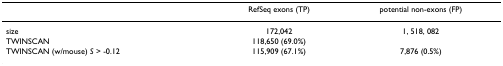
<table><thead><tr><td>[EMPTY_CELL]</td><td><b>RefSeq exons (TP)</b></td><td><b>potential non-exons (FP)</b></td></tr></thead><tbody><tr><td>size</td><td>172,042</td><td>1, 518, 082</td></tr><tr><td>TWINSCAN</td><td>118,650 (69.0%)</td><td>[EMPTY_CELL]</td></tr><tr><td>TWINSCAN (w/mouse) <i>S </i>&gt; -0.12</td><td>115,909 (67.1%)</td><td>7,876 (0.5%)</td></tr></tbody></table>